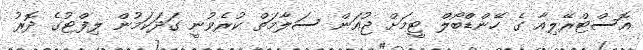
އޮސްޓްރޭލިއާ ގެ ހޭންޑްބޯލް ޓީމަށް ޖުއަން ސަލާމަތް ކުރެވުނީ ގަދަކަމުން ލިފްޓުގެ ދޮރު